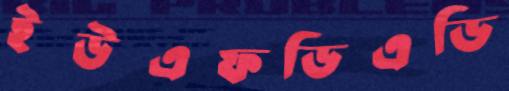
ইউএফডিএডি